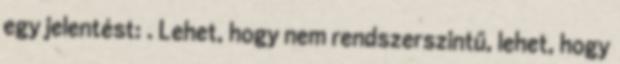
egy jelentést: . Lehet, hogy nem rendszerszintű, lehet, hogy